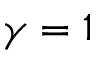
\gamma = 1